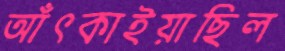
আঁৎকাইয়াছিল